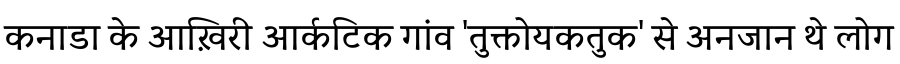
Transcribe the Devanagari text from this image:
कनाडा के आख़िरी आर्कटिक गांव 'तुक्तोयकतुक' से अनजान थे लोग